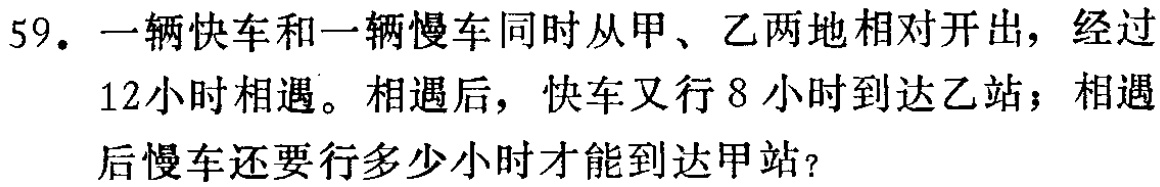
59. 一辆快车和一辆慢车同时从甲、乙两地相对开出，经过12小时相遇。相遇后，快车又行8小时到达乙站；相遇后慢车还要行多少小时才能到达甲站？